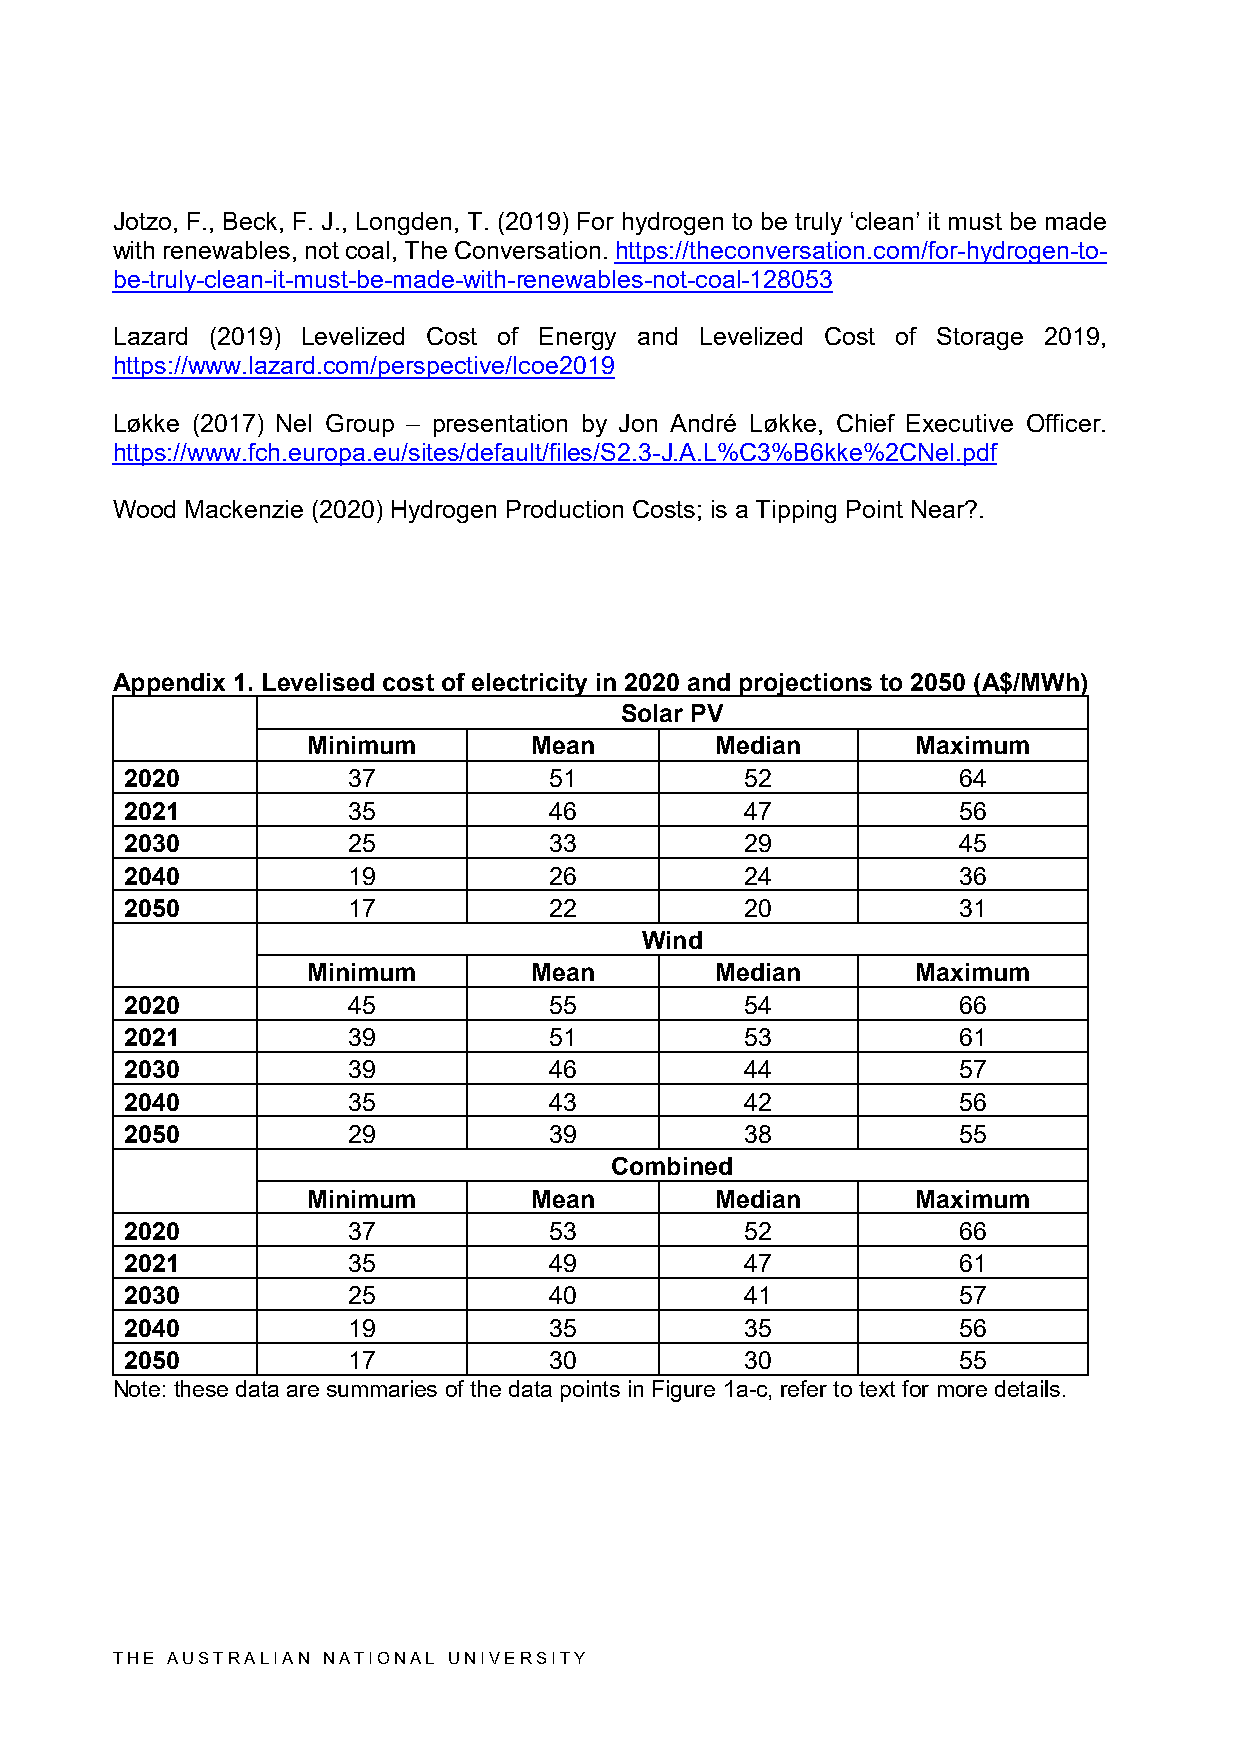
Jotzo, F., Beck, F. J., Longden, T. (2019) For hydrogen to be truly ‘clean’ it must be made
 with renewables, not coal, The Conversation. https://theconversation.com/for-hydrogen-to-
 be-truly-clean-it-must-be-made-with-renewables-not-coal-128053
 Lazard (2019) Levelized Cost of Energy and Levelized Cost of Storage 2019,
 https://www.lazard.com/perspective/lcoe2019
 Løkke (2017) Nel Group – presentation by Jon André Løkke, Chief Executive Officer.
 https://www.fch.europa.eu/sites/default/files/S2.3-J.A.L%C3%B6kke%2CNel.pdf
 Wood Mackenzie (2020) Hydrogen Production Costs; is a Tipping Point Near?.
 Appendix 1. Levelised cost of electricity in 2020 and projections to 2050 (A$/MWh)
 Solar PV
 Minimum        Mean        Median        Maximum
 2020           37           51           52            64
 2021           35           46           47            56
 2030           25           33           29            45
 2040           19           26           24            36
 2050           17           22           20            31
 Wind
 Minimum        Mean        Median        Maximum
 2020           45           55           54            66
 2021           39           51           53            61
 2030           39           46           44            57
 2040           35           43           42            56
 2050           29           39           38            55
 Combined
 Minimum        Mean        Median        Maximum
 2020           37           53           52            66
 2021           35           49           47            61
 2030           25           40           41            57
 2040           19           35           35            56
 2050           17           30           30            55
 Note: these data are summaries of the data points in Figure 1a-c, refer to text for more details.
 THE AUSTRALIAN NATIONAL UNIVERSITY